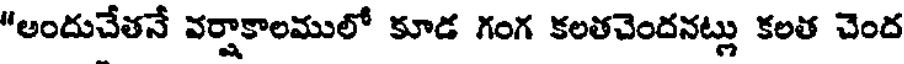
"అందుచేతనే వర్షాకాలములో కూడ గంగ కలతచెందనట్లు కలత చెంద